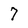
Character: 7